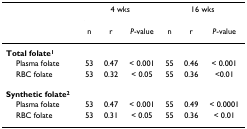
<table><thead><tr><td></td><td colspan="3"><b>4 wks</b></td><td colspan="3"><b>16 wks</b></td></tr><tr><td></td><td><b>n</b></td><td><b>r</b></td><td><b><i>P</i>-value</b></td><td><b>n</b></td><td><b>r</b></td><td><b><i>P</i>-value</b></td></tr></thead><tbody><tr><td><b>Total folate<sup>1</sup></b></td><td></td><td></td><td></td><td></td><td></td><td></td></tr><tr><td> Plasma folate</td><td>53</td><td>0.47</td><td>&lt; 0.001</td><td>55</td><td>0.46</td><td>&lt; 0.001</td></tr><tr><td> RBC folate</td><td>53</td><td>0.32</td><td>&lt; 0.05</td><td>55</td><td>0.36</td><td>&lt;0.01</td></tr><tr><td><b>Synthetic folate<sup>2</sup></b></td><td></td><td></td><td></td><td></td><td></td><td></td></tr><tr><td> Plasma folate</td><td>53</td><td>0.47</td><td>&lt; 0.001</td><td>55</td><td>0.49</td><td>&lt; 0.0001</td></tr><tr><td> RBC folate</td><td>53</td><td>0.31</td><td>&lt; 0.05</td><td>55</td><td>0.36</td><td>&lt; 0.01</td></tr></tbody></table>